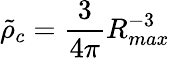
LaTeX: \tilde{\rho}_{c}=\frac{3}{4\pi}R_{max}^{-3}